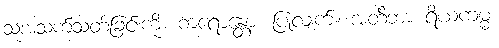
သူ့အသက်သတ်ခြင်းကို။ ကရောန္တော၊ ပြုလျက်။ အတိဘာ ရိယကမ္မံ၊